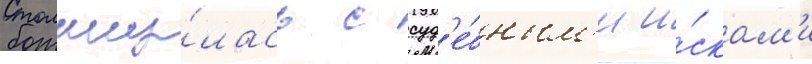
Столкну́лась с суд'е́бным'и и́скам'и